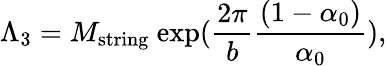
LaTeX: \Lambda_{3}=M_{\mathrm{string}}~\mathrm{exp}{({\frac{2\pi}{b}}{\frac{(1-\alpha_{0})}{\alpha_{0}}})},